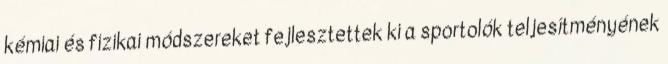
kémiai és fizikai módszereket fejlesztettek ki a sportolók teljesítményének